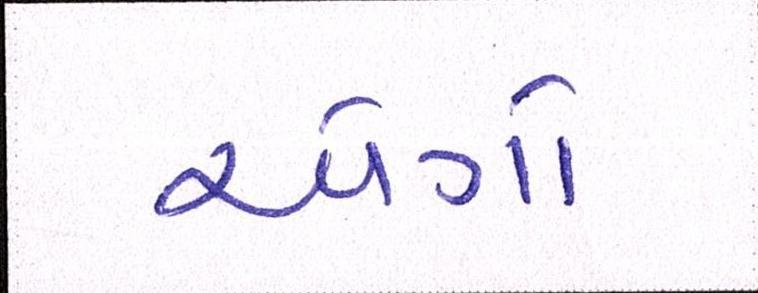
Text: એર્ગો